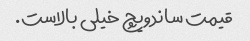
قیمت ساندویچ خیلی بالاست.